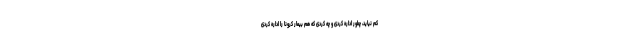
کم نیاید، چطور اداره کردی و چه کردی که هم بیمار کرونا را اداره کردی